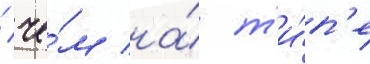
/ че́м на́ т'и́п'е